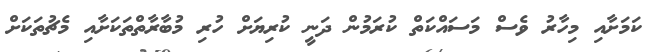
ކަމަށާއި މިހާރު ވެސް މަސައްކަތް ކުރަމުން ދަނީ ކުރިޔަށް ހުރި މުބާރާތްތަކަށާއި މެޗުތަކަށް